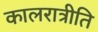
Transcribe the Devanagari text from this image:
कालरात्रीति